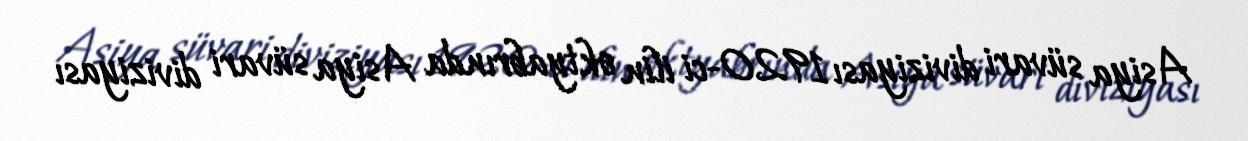
Asiya süvari diviziyası 1920-ci ilin oktyabrında Asiya süvari diviziyası